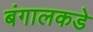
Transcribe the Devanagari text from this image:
बंगालकडे